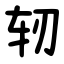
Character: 轫